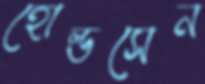
হোল্ডসেন